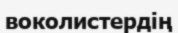
воколистердің